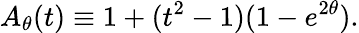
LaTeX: A_{\theta}(t)\equiv 1+(t^{2}-1)(1-e^{2\theta}).